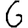
Digit: 6